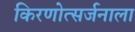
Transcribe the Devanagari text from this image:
किरणोत्सर्जनाला